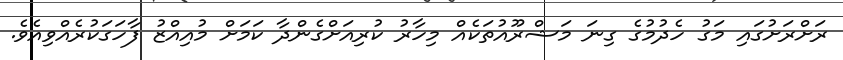
ރަށްރަށުގައި މަގު ހެދުމުގެ ގިނަ މަޝްރޫއުތަކެއް މިހާރު ކުރިއަށްގެންދާ ކަމަށް މުއިއްޒު ފާހަގަކުރެއްވިއެވެެ.